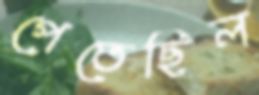
পেতেছিল